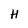
Character: H